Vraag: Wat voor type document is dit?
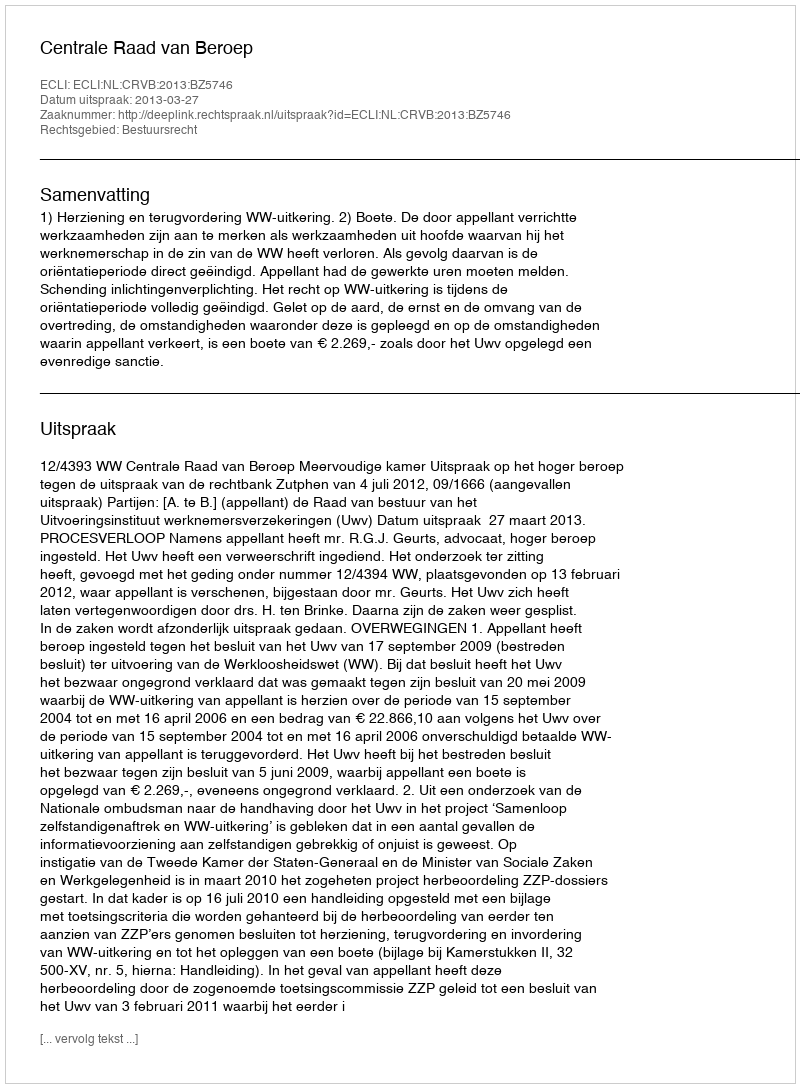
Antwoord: Uitspraak